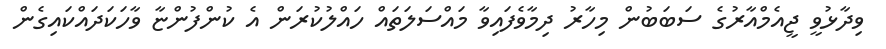
ވިދާޅުވީ ޖީއެމްއާރުގެ ސަބަބުން މިހާރު ދިމާވެފައިވާ މައްސަލަތައް ހައްލުކުރަން އެ ކުންފުންޏާ ވާހަކަދައްކައިގެން